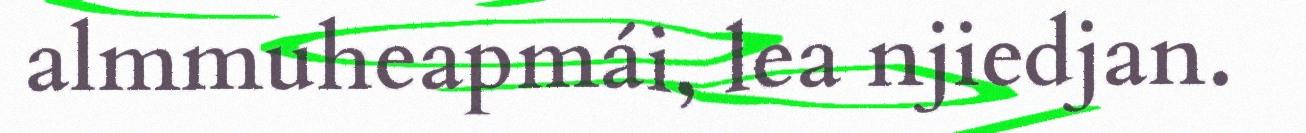
almmuheapmái, lea njiedjan.